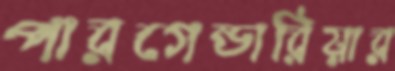
পারগেন্ডারিয়ার